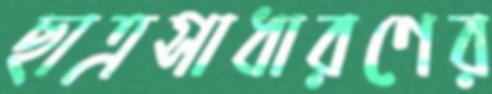
ছাত্রসাধারণের